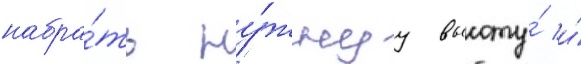
набра́ть ну́жнуу высоту́ и́